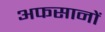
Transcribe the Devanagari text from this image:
अफसानों